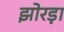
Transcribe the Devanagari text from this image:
झोरड़ा